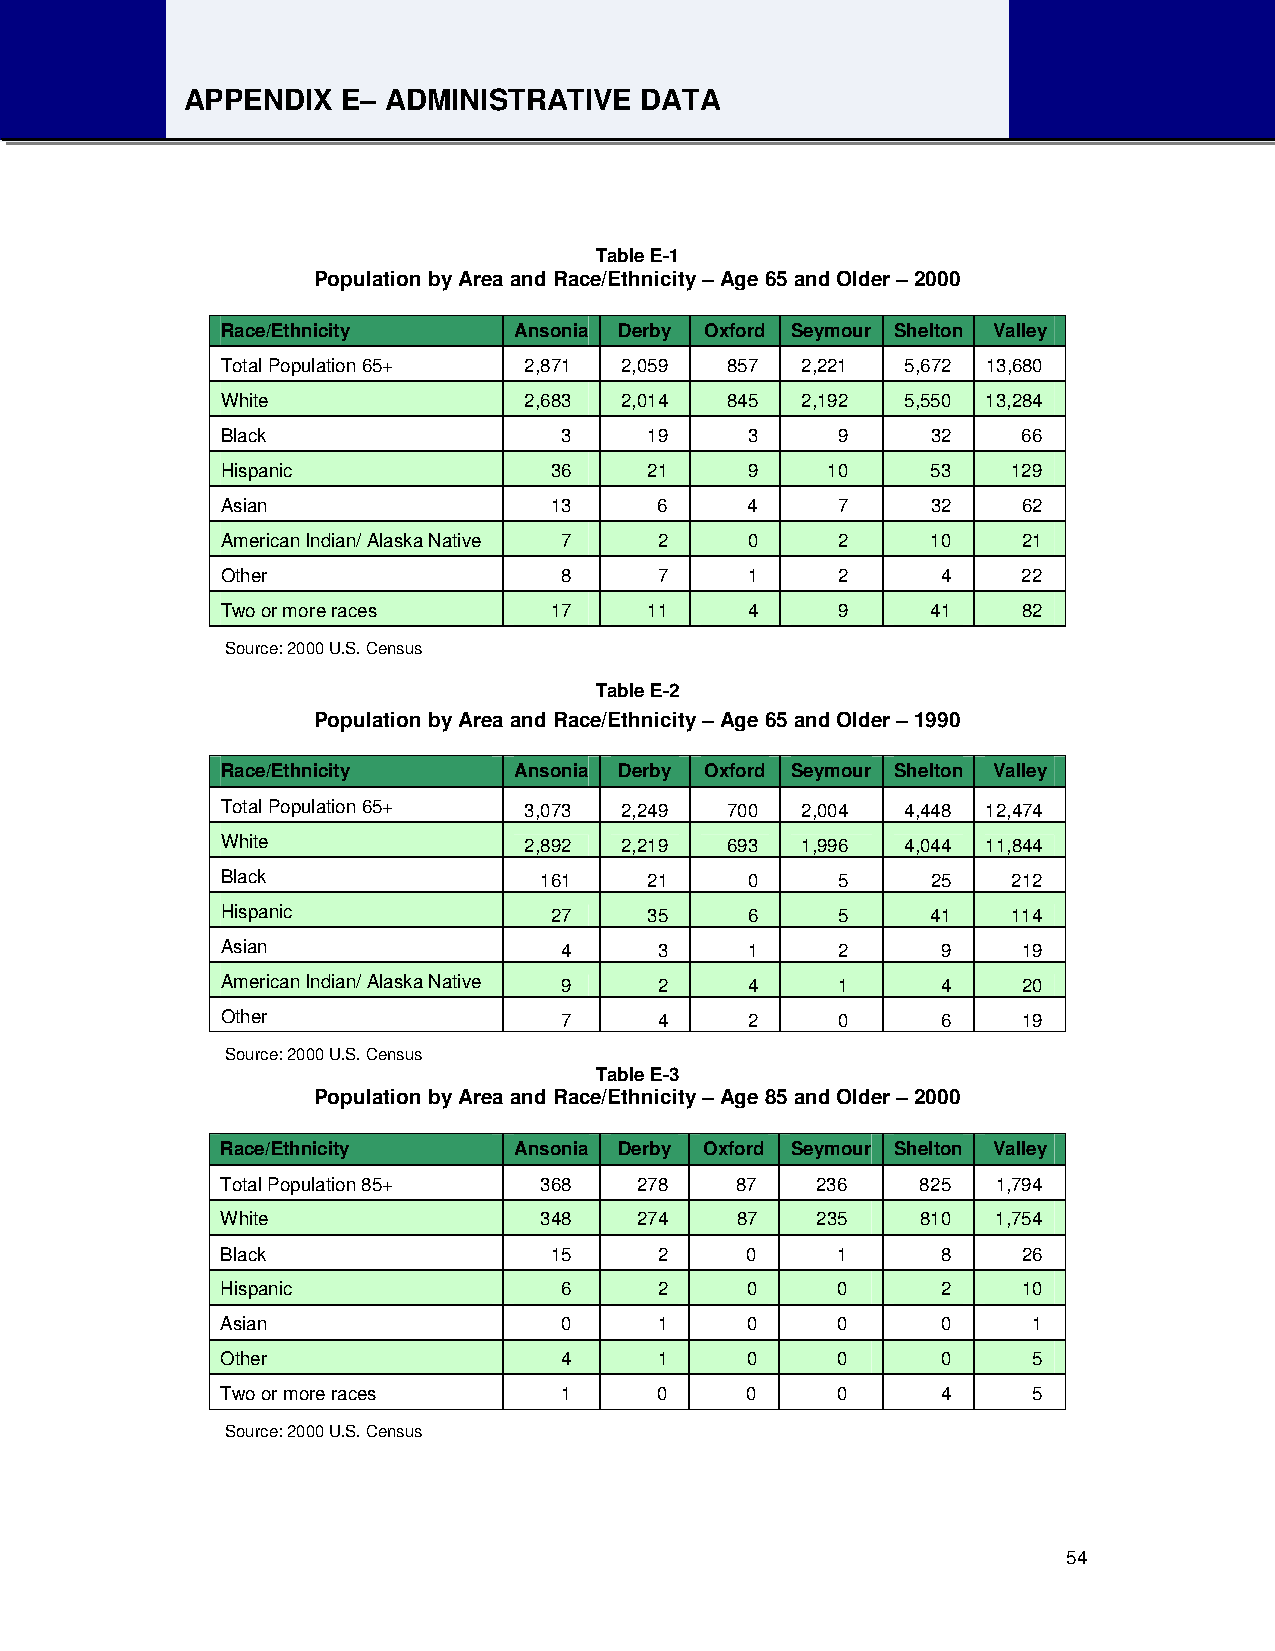
APPENDIX   E– ADMINISTRATIVE  DATA
 Table E-1
 Population by Area and Race/Ethnicity – Age 65 and Older – 2000
 Race/Ethnicity     Ansonia Derby Oxford Seymour Shelton Valley
 Total Population 65+ 2,871 2,059 857  2,221  5,672 13,680
 White               2,683 2,014  845  2,192  5,550 13,284
 Black                 3     19     3    9      32    66
 Hispanic             36     21     9    10     53   129
 Asian                13      6     4    7      32    62
 American Indian/ Alaska Native 7 2 0    2      10    21
 Other                 8      7     1    2      4     22
 Two or more races    17     11     4    9      41    82
 Source: 2000 U.S. Census
 Table E-2
 Population by Area and Race/Ethnicity – Age 65 and Older – 1990
 Race/Ethnicity     Ansonia Derby Oxford Seymour Shelton Valley
 Total Population 65+ 3,073 2,249 700  2,004  4,448 12,474
 White               2,892 2,219  693  1,996  4,044 11,844
 Black                161    21     0    5      25   212
 Hispanic             27     35     6    5      41   114
 Asian                 4      3     1    2      9     19
 American Indian/ Alaska Native 9 2 4    1      4     20
 Other                 7      4     2    0      6     19
 Source: 2000 U.S. Census
 Table E-3
 Population by Area and Race/Ethnicity – Age 85 and Older – 2000
 Race/Ethnicity     Ansonia Derby Oxford Seymour Shelton Valley
 Total Population 85+ 368   278    87   236    825  1,794
 White                348   274    87   235    810  1,754
 Black                15      2    0     1      8     26
 Hispanic              6      2    0     0      2     10
 Asian                 0      1    0     0      0     1
 Other                 4      1    0     0      0     5
 Two or more races     1      0    0     0      4     5
 Source: 2000 U.S. Census
 54